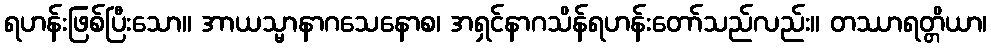
ရဟန်းဖြစ်ပြီးသော။ အာယသ္မာနာဂသေနောစ၊ အရှင်နာဂသိန်ရဟန်းတော်သည်လည်း။ တဿာရတ္တိယာ၊